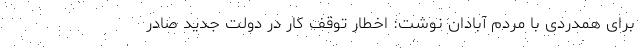
برای همدردی با مردم آبادان نوشت: اخطار توقف کار در دولت جدید صادر